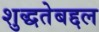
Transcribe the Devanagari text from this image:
शुद्धतेबद्दल